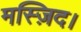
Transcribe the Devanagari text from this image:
मस्ज़िद।